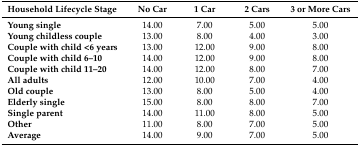
| Household Lifecycle Stage | No Car | 1 Car | 2 Cars | 3 or More Cars |
 | --- | --- | --- | --- | --- |
 | Young single | 14.00 | 7.00 | 5.00 | 5.00 |
 | Young childless couple | 13.00 | 8.00 | 4.00 | 3.00 |
 | Couple with child <6 years | 13.00 | 12.00 | 9.00 | 8.00 |
 | Couple with child 6–10 | 14.00 | 12.00 | 9.00 | 8.00 |
 | Couple with child 11–20 | 14.00 | 12.00 | 8.00 | 7.00 |
 | All adults | 12.00 | 10.00 | 7.00 | 4.00 |
 | Old couple | 13.00 | 8.00 | 5.00 | 4.00 |
 | Elderly single | 15.00 | 8.00 | 8.00 | 7.00 |
 | Single parent | 14.00 | 11.00 | 8.00 | 5.00 |
 | Other | 11.00 | 8.00 | 7.00 | 5.00 |
 | Average | 14.00 | 9.00 | 7.00 | 5.00 |